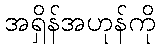
အရှိန်အဟုန်ကို